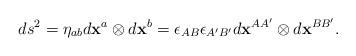
LaTeX: \begin{align*}ds^{2}=\eta_{ab}d\mathbf{x}^{a}\otimes d\mathbf{x}^{b}=\epsilon_{AB}\epsilon_{A^{\prime}B^{\prime}}d\mathbf{x}^{AA^{\prime}}\otimes d\mathbf{x}^{BB^{\prime}}.\end{align*}